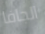
الجافا